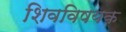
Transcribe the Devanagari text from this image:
शिवविषयक